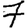
Digit: 7